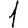
Digit: 1